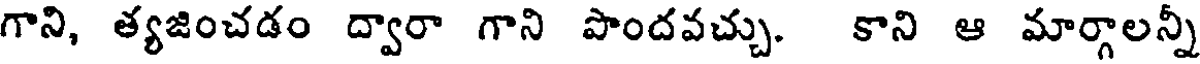
గాని, త్యజించడం ద్వారా గాని పొందవచ్చు. కాని ఆ మార్గాలన్నీ